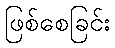
ဖြစ်စေခြင်း